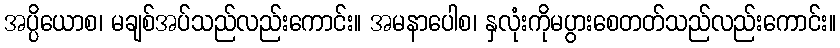
အပ္ပိယောစ၊ မချစ်အပ်သည်လည်းကောင်း။ အမနာပေါစ၊ နှလုံးကိုမပွားစေတတ်သည်လည်းကောင်း။